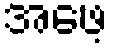
အဖေ့